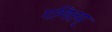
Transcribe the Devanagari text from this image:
गणितम्